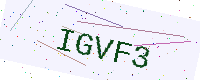
Text: IGVF3